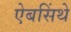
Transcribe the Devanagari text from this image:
ऐबसिंथे